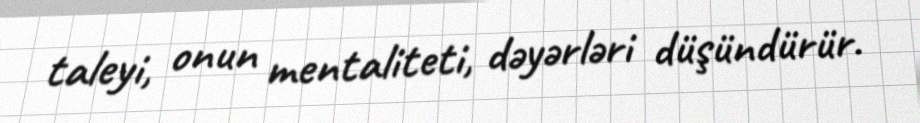
taleyi, onun mentaliteti, dəyərləri düşündürür.